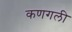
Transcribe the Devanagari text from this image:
कणगली